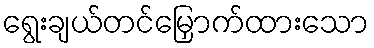
ရွေးချယ်တင်မြှောက်ထားသော